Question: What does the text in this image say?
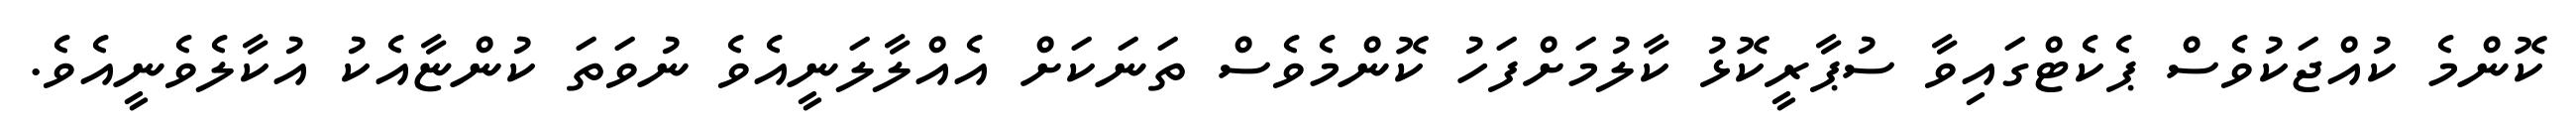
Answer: ކޮންމެ ކުއްޖަކުވެސް ޕެކެޓްގައިވާ ސުޕާރީކޮޅު ކާލުމަށްފަހު ކޮންމެވެސް ތަނަކަށް އެއްލާލަނީއެވެ ނުވަތަ ކުންޏާއެކު އުކާލެވެނީއެވެ.